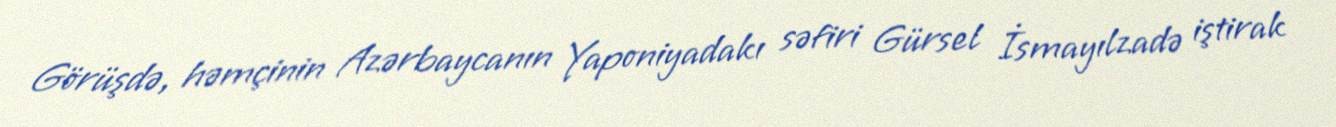
Görüşdə, həmçinin Azərbaycanın Yaponiyadakı səfiri Gürsel İsmayılzadə iştirak